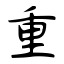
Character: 重